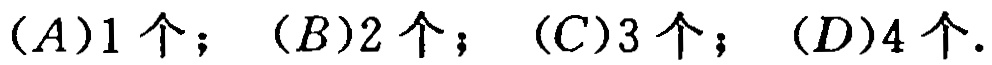
$(A)1个；(B)2个；(C)3个；(D)4个.$